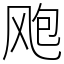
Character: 飑